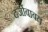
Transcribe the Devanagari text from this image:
दर्जाबाबत